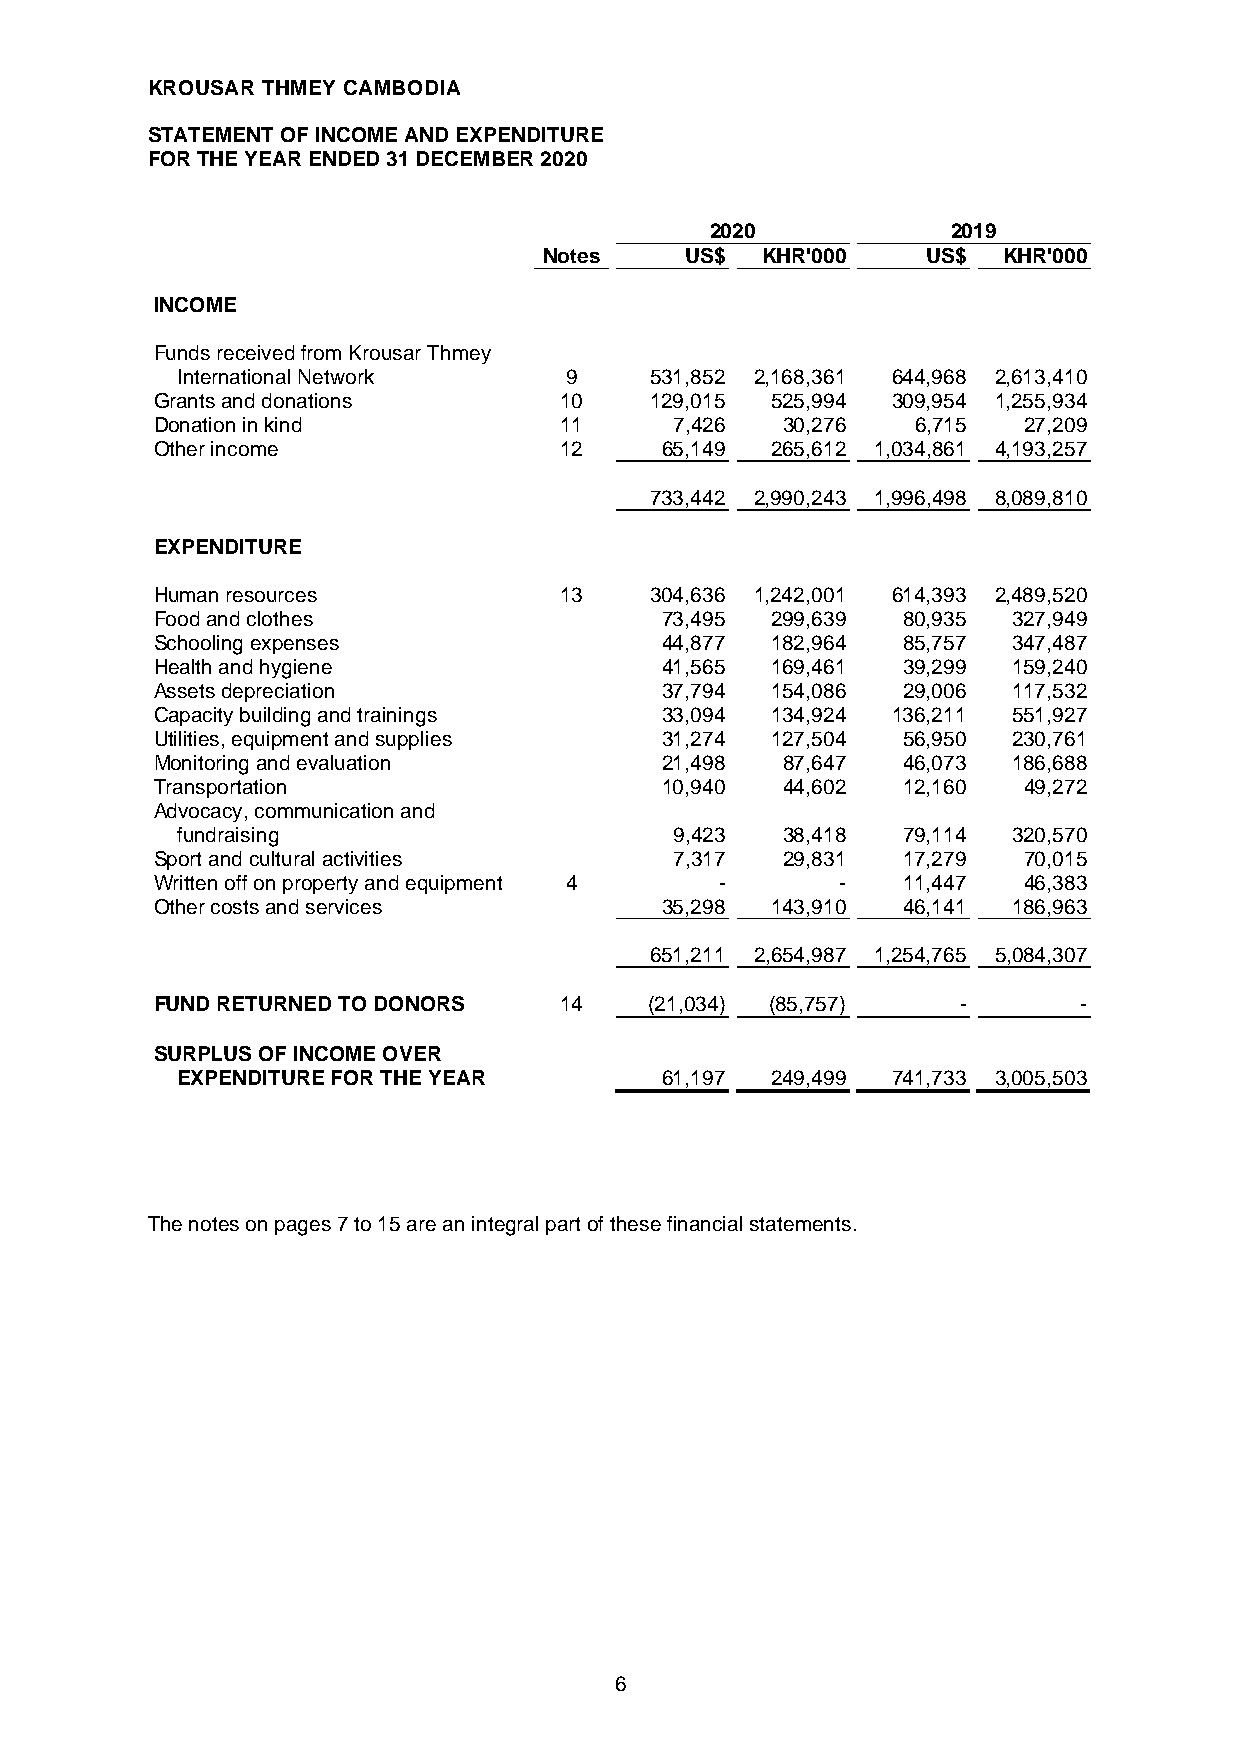
K ROUSAR THMEYCAMBODAI
 STATEMENTOFNI COMEANDEXPENDTIURE
 FOR THEYEAR ENDED31 DECEMBER 2020
 2020            2019
 Notes    US$  K HR0'00   US$  K HR0'00
 NI COME
 FundsreceivedfromKrousarThmey
 InternationalNetwork     9     531,852 2,168,361 644,968 2,613,410
 Grantsanddonations         10    129,015 525,994 309,954 1,255,934
 Donationinkind             11      7,426  30,276   6,715  27,209
 Otherincome                12     65,149 265,612 1,034,861 4,193,257
 733,442 2,990,243 1,996,498 8,089,810
 EXPENDTIURE
 Humanresources             13    304,636 1,242,001 614,393 2,489,520
 Foodandclothes                    73,495 299,639  80,935 327,949
 Schoolingexpenses                 44,877 182,964  85,757 347,487
 Healthandhygiene                  41,565 169,461  39,299 159,240
 Assetsdepreciation                37,794 154,086  29,006 117,532
 Capacitybuildingandtrainings      33,094 134,924 136,211 551,927
 Utilities,equipmentandsupplies    31,274 127,504  56,950 230,761
 Monitoringandevaluation           21,498  87,647  46,073 186,688
 Transportation                    10,940  44,602  12,160  49,272
 Advocacy,communicationand
 fundraising                      9,423  38,418  79,114 320,570
 Sportandculturalactivities         7,317  29,831  17,279  70,015
 Writtenoffonpropertyandequipment 4    -       -   11,447  46,383
 Othercostsandservices             35,298 143,910  46,141 186,963
 651,211 2,654,987 1,254,765 5,084,307
 FUNDRETURNEDTODONORS       14    (21,034) (85,757)    -       -
 SURPLUSOFNI COMEOVER
 EXPENDTIUREFOR THEYEAR          61,197 249,499 741,733 3,005,503
 Thenotesonpages7to15areanintegralpartofthesefinancialstatements.
 6